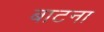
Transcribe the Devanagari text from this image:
बाटना